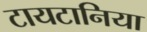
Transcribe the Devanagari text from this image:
टायटानिया